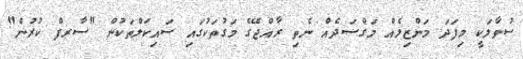
ސުވާލަކީ މިފަދަ މަންޒިލެއް މަގްސަދެއް ނެތި ރާއްޖޭގެ މަގުތަކުގައި ސައިކަލްތަކުން "ސާރފް ކުރުން"